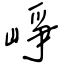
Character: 崢